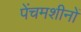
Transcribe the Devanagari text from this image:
पेंचमशीनों